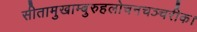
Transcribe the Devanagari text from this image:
सीतामुखाम्बुरुहलोचनचञ्चरीक।